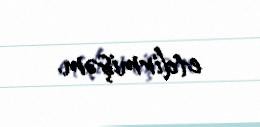
etdirmişəm.